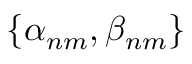
\left\{ \alpha _ { n m } , \beta _ { n m } \right\}